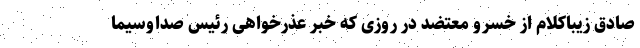
صادق زیباکلام از خسرو معتضد در روزی که خبر عذرخواهی رئیس صداوسیما